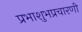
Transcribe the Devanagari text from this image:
प्रभाशुभप्रचारणी